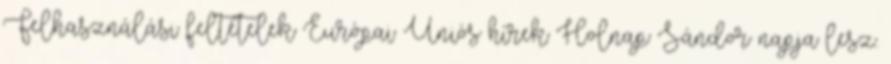
Felhasználási feltételek Európai Uniós hírek Holnap Sándor napja lesz.